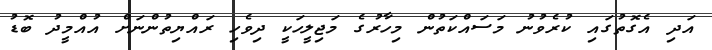
އަދި އެގޮތުގައި ކުރެވުނު މަސައްކަތުން މިހާރުގެ މަޖިލީހަކީ ދިވެހި ރައްޔިތުންނަށް އުއްމީދު ބޮޑު